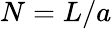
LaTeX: N=L/a